Magi,_Artur, lk 75
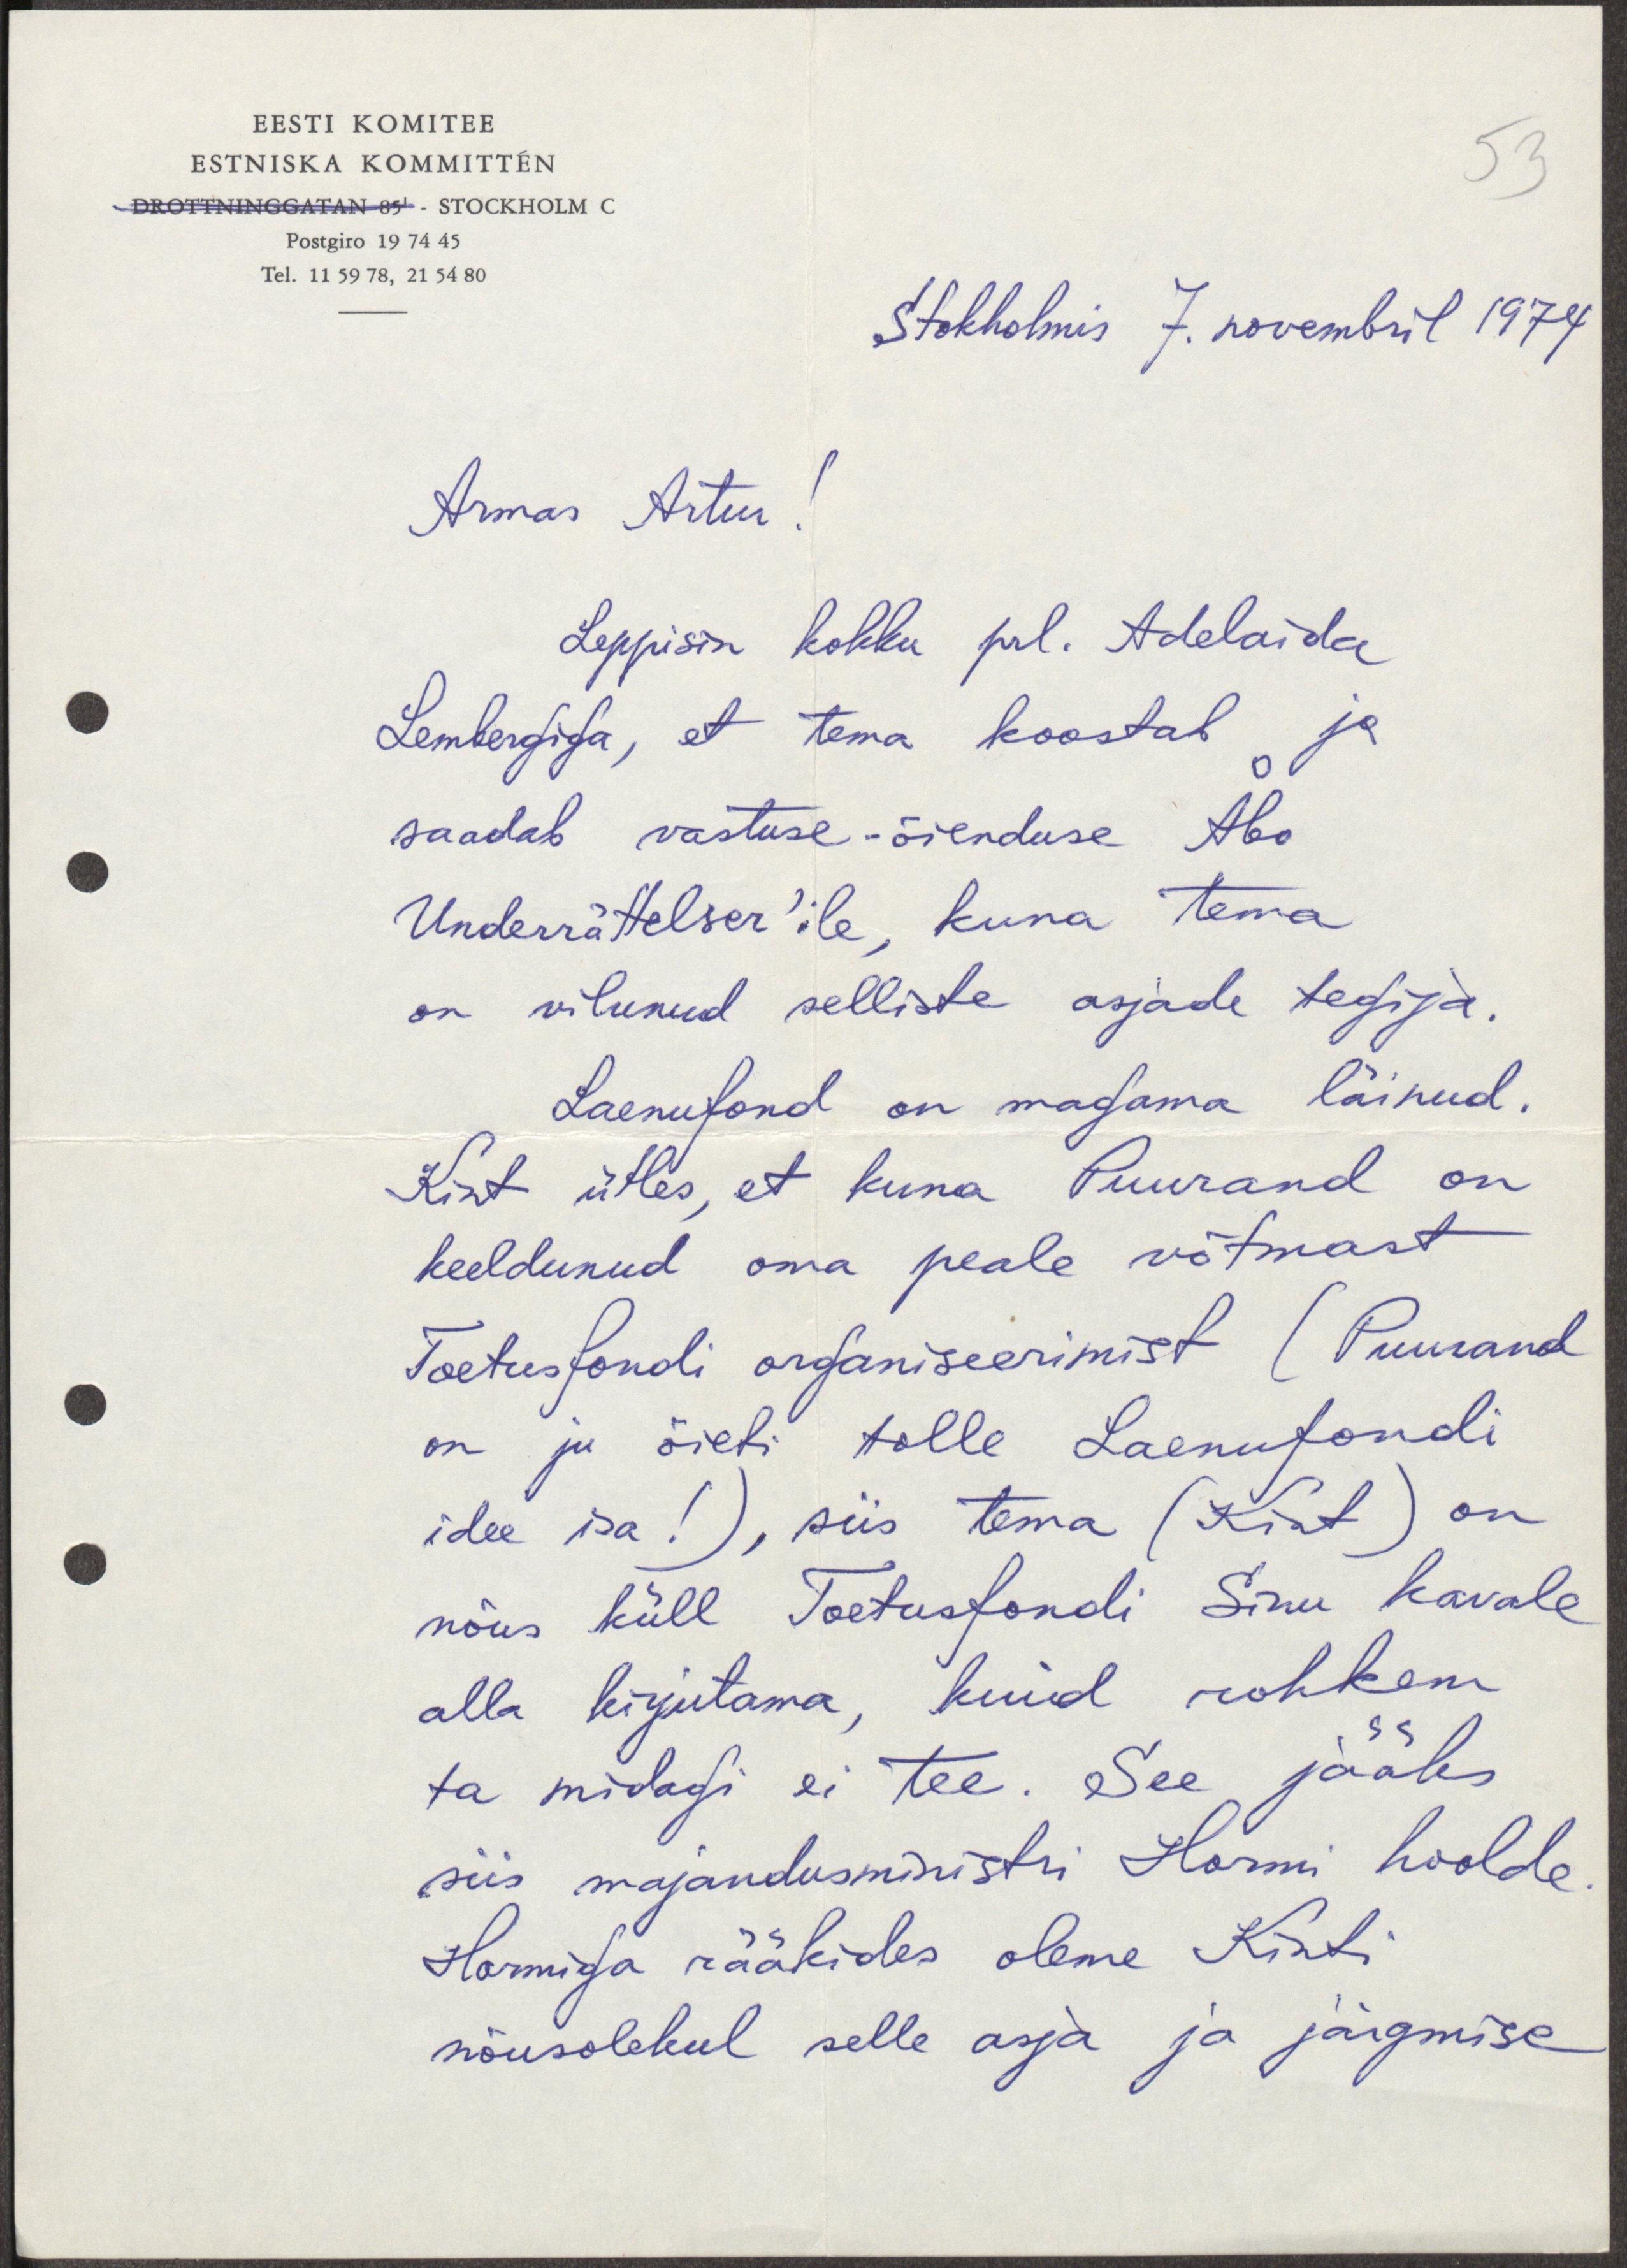
EESTI KOMITEE
ESTNISKA KOMMITTÉN
53
DROTTNINGGATAN 85 - STOCKHOLM C.
Postgiro 19 74 45
Tel. 11 59 78, 21 54 80
Stokholmis 7. novembril 1974.
Armas Artur!
Leppisin kokku prl. Adelaida
Lembergiga, et tema koostab ja
saadab vastuse-õienduse Abo
Underrättelser'ile, kuna tema
on vilunud selliste asjade tegija.
Laenufond on magama läinud.
Kint ütles, et kuna Puurand on
keeldunud oma peale võtmast
Toetusfondi organiseerimist (Puurand
on ju õieti tolle Laenufondi
idee isa! ), siis tema (Kint) on
nõus küll Toetusfondi Sinu kavale
alla kirjutama, kuid rohkem
ta midagi ei tee. See jääks
siis majandusministri Hormi hoolde
Harmiga rääkides oleme Kinti
nõusolekul selle asja ja järgmise